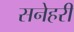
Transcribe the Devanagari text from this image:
सनेहरी